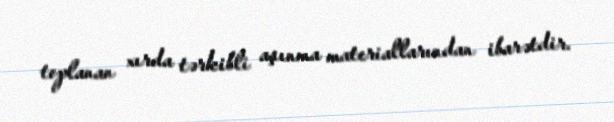
toplanan xırda tərkibli aşınma materiallarından ibarətdir.